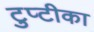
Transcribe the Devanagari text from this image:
टुप्टीका